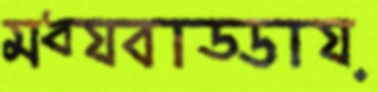
মধ্যবাড্ডায়